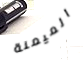
الميمنة